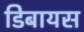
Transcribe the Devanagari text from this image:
डिबायस